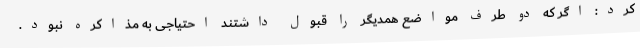
کرد: اگر که دو طرف مواضع همدیگر را قبول داشتند احتیاجی به مذاکره نبود.